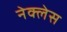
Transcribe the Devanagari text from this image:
नेक्लेस